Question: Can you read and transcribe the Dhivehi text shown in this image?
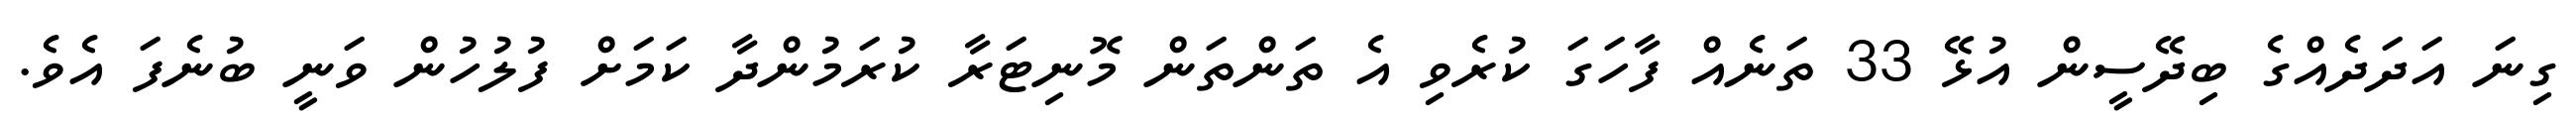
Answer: ގިނަ އަދަދެއްގެ ބިދޭސީން އުޅޭ 33 ތަނެއް ފާހަގަ ކުރެވި އެ ތަންތަން މޮނިޓަރާ ކުރަމުންދާ ކަމަށް ފުލުހުން ވަނީ ބުނެފަ އެވެ.